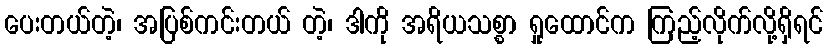
ပေးတယ်တဲ့၊ အပြစ်ကင်းတယ် တဲ့၊ ဒါကို အရိယသစ္စာ ရှုထောင်က ကြည့်လိုက်လို့ရှိရင်